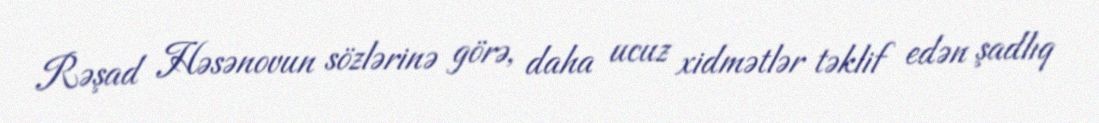
Rəşad Həsənovun sözlərinə görə, daha ucuz xidmətlər təklif edən şadlıq